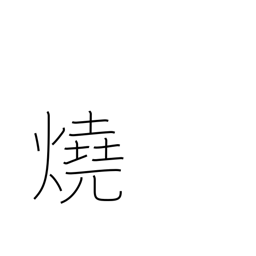
Meaning: bake